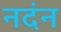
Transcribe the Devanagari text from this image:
नदंन